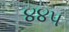
૪૪૫